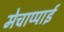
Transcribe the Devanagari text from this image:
मेचाप्पाई